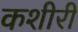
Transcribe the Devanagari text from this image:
कशीरी